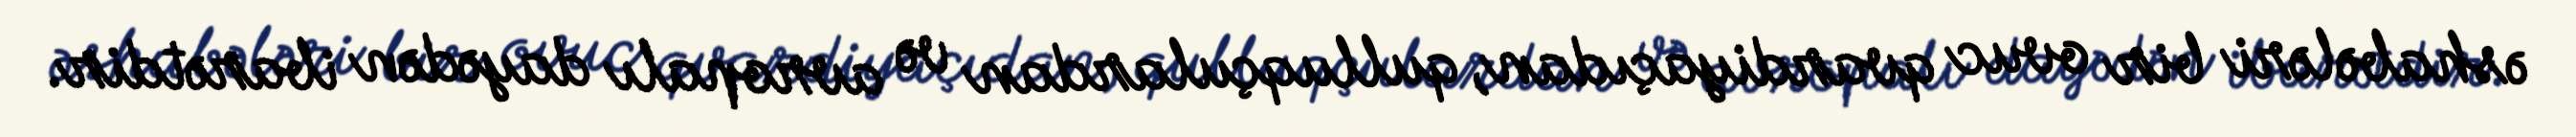
əshabələri bir ovuc qvardiyaçıdan, qulluqçulardan və avropalı dayədən ibarətdir.